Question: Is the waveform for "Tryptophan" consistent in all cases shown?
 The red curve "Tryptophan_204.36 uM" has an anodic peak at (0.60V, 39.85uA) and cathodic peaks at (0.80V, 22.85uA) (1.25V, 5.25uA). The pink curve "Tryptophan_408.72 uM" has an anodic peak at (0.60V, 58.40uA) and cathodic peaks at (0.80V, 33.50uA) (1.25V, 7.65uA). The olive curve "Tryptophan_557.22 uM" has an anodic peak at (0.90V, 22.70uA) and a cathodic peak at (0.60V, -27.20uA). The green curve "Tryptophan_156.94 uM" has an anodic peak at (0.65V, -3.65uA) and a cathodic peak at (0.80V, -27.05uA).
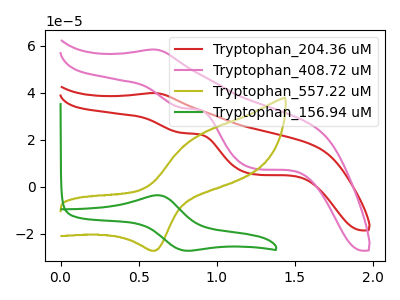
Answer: <think>All the peaks in "Tryptophan_204.36 uM" have a peak in "Tryptophan_408.72 uM" at the same potential. "Tryptophan_204.36 uM" and "Tryptophan_557.22 uM" have a different number of peaks. "Tryptophan_204.36 uM" and "Tryptophan_156.94 uM" have a different number of peaks. "Tryptophan_408.72 uM" and "Tryptophan_557.22 uM" have a different number of peaks. "Tryptophan_408.72 uM" and "Tryptophan_156.94 uM" have a different number of peaks. "Tryptophan_557.22 uM" and "Tryptophan_156.94 uM" have at least one peak that do not match.
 </think>
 <answer>All the CV's of "Tryptophan" have similar shape.</answer>
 <eval>follow_rule</eval>